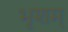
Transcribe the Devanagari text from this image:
भृशम्‌